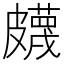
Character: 𥀯